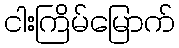
ငါးကြိမ်မြောက်